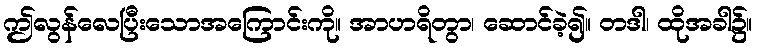
ဤလွန်လေပြီးသောအကြောင်းကို။ အာဟရိတွာ၊ ဆောင်ခဲ့၍။ တဒါ၊ ထိုအခါ၌။